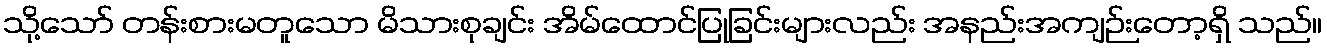
သို့သော် တန်းစားမတူသော မိသားစုချင်း အိမ်ထောင်ပြုခြင်းများလည်း အနည်းအကျဉ်းတော့ရှိ သည်။